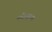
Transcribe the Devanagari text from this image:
ग्लोब्युलस